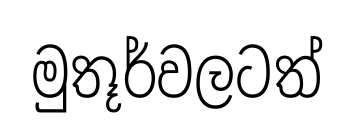
මුතූර්වලටත්